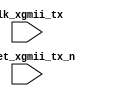
module sync_clk_core(/*AUTOARG*/
  // Inputs
  clk_xgmii_tx, reset_xgmii_tx_n
  );

input         clk_xgmii_tx;
input         reset_xgmii_tx_n;

//input         ctrl_tx_disable_padding;

//output        ctrl_tx_disable_padding_ccr;


/*AUTOREG*/
// Beginning of automatic regs (for this module's undeclared outputs)
// End of automatics

/*AUTOWIRE*/
// Beginning of automatic wires (for undeclared instantiated-module outputs)
// End of automatics

//wire  [0:0]             sig_out;

//assign {ctrl_tx_disable_padding_ccr} = sig_out;

//meta_sync #(.DWIDTH (1)) meta_sync0 (
//                      // Outputs
//                      .out              (sig_out),
//                      // Inputs
//                      .clk              (clk_xgmii_tx),
//                      .reset_n          (reset_xgmii_tx_n),
//                      .in               ({
//                                          ctrl_tx_disable_padding
//                                         }));

endmodule